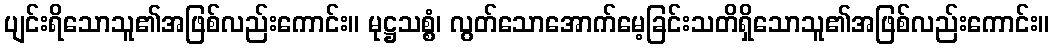
ပျင်းရိသောသူ၏အဖြစ်လည်းကောင်း။ မုဋ္ဌသစ္စံ၊ လွတ်သောအောက်မေ့ခြင်းသတိရှိသောသူ၏အဖြစ်လည်းကောင်း။